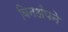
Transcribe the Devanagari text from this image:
विनअँपने